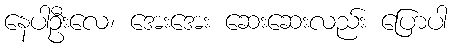
နေပါဦးလေ၊ အေးအေး ဆေးဆေးလည်း ပြောပါ